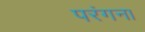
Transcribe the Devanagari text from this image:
परंगना